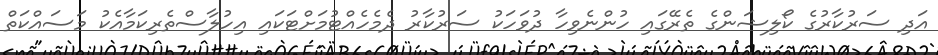
އަދި ސަރުކާރުގެ ކޯލިޝަންގެ ތެރޭގައި ހުންނެވިހާ ދުވަހަކު ސަރުކާރު ދެމެހެއްޓުމަށްޓަކައި އިހުލާސްތެރިކަމާއެކު މަސައްކަތް